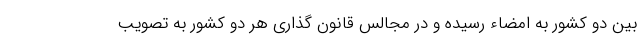
بین دو کشور به امضاء رسیده و در مجالس قانون گذاری هر دو کشور به تصویب